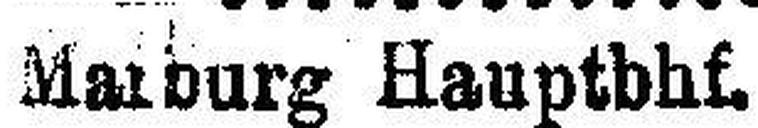
Marburg Hauptbhf.